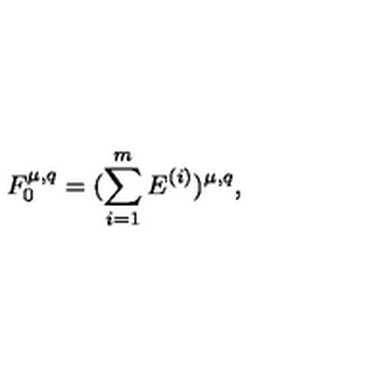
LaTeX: F _ { 0 } ^ { \mu , q } = ( \sum _ { i = 1 } ^ { m } E ^ { ( i ) } ) ^ { \mu , q } ,